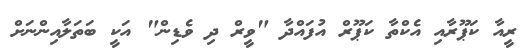
ރީއާ ކަޕޫރާއި އެކްތާ ކަޕޫރް އުފައްދާ "ވީރް ދި ވެޑިން" އަކީ ބަތަލާއިންނަށް